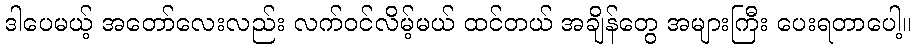
ဒါပေမယ့် အတော်လေးလည်း လက်ဝင်လိမ့်မယ် ထင်တယ် အချိန်တွေ အများကြီး ပေးရတာပေါ့။